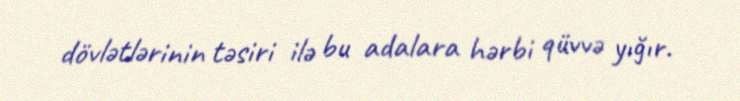
dövlətlərinin təsiri ilə bu adalara hərbi qüvvə yığır.